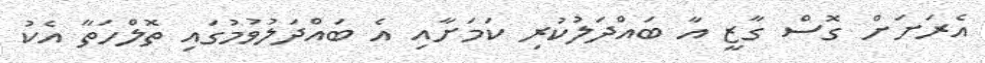
އެރަށަށް ގޮސް ގާޒީ އާ ބައްދަލުކުރި ކަމަށާއި އެ ބައްދަލުވުމުގައި ތޮލްހަތާ އެކު